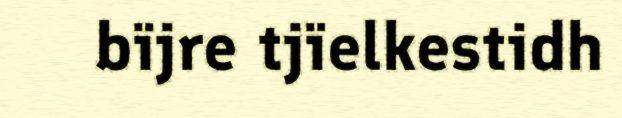
bïjre tjïelkestidh